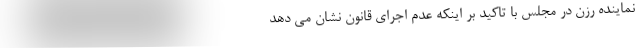
نماینده رزن در مجلس با تاکید بر اینکه عدم اجرای قانون نشان می دهد